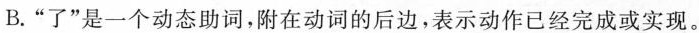
B.”了”是一个动态助词，附在动词的后边，表示动作已经完成或实现。